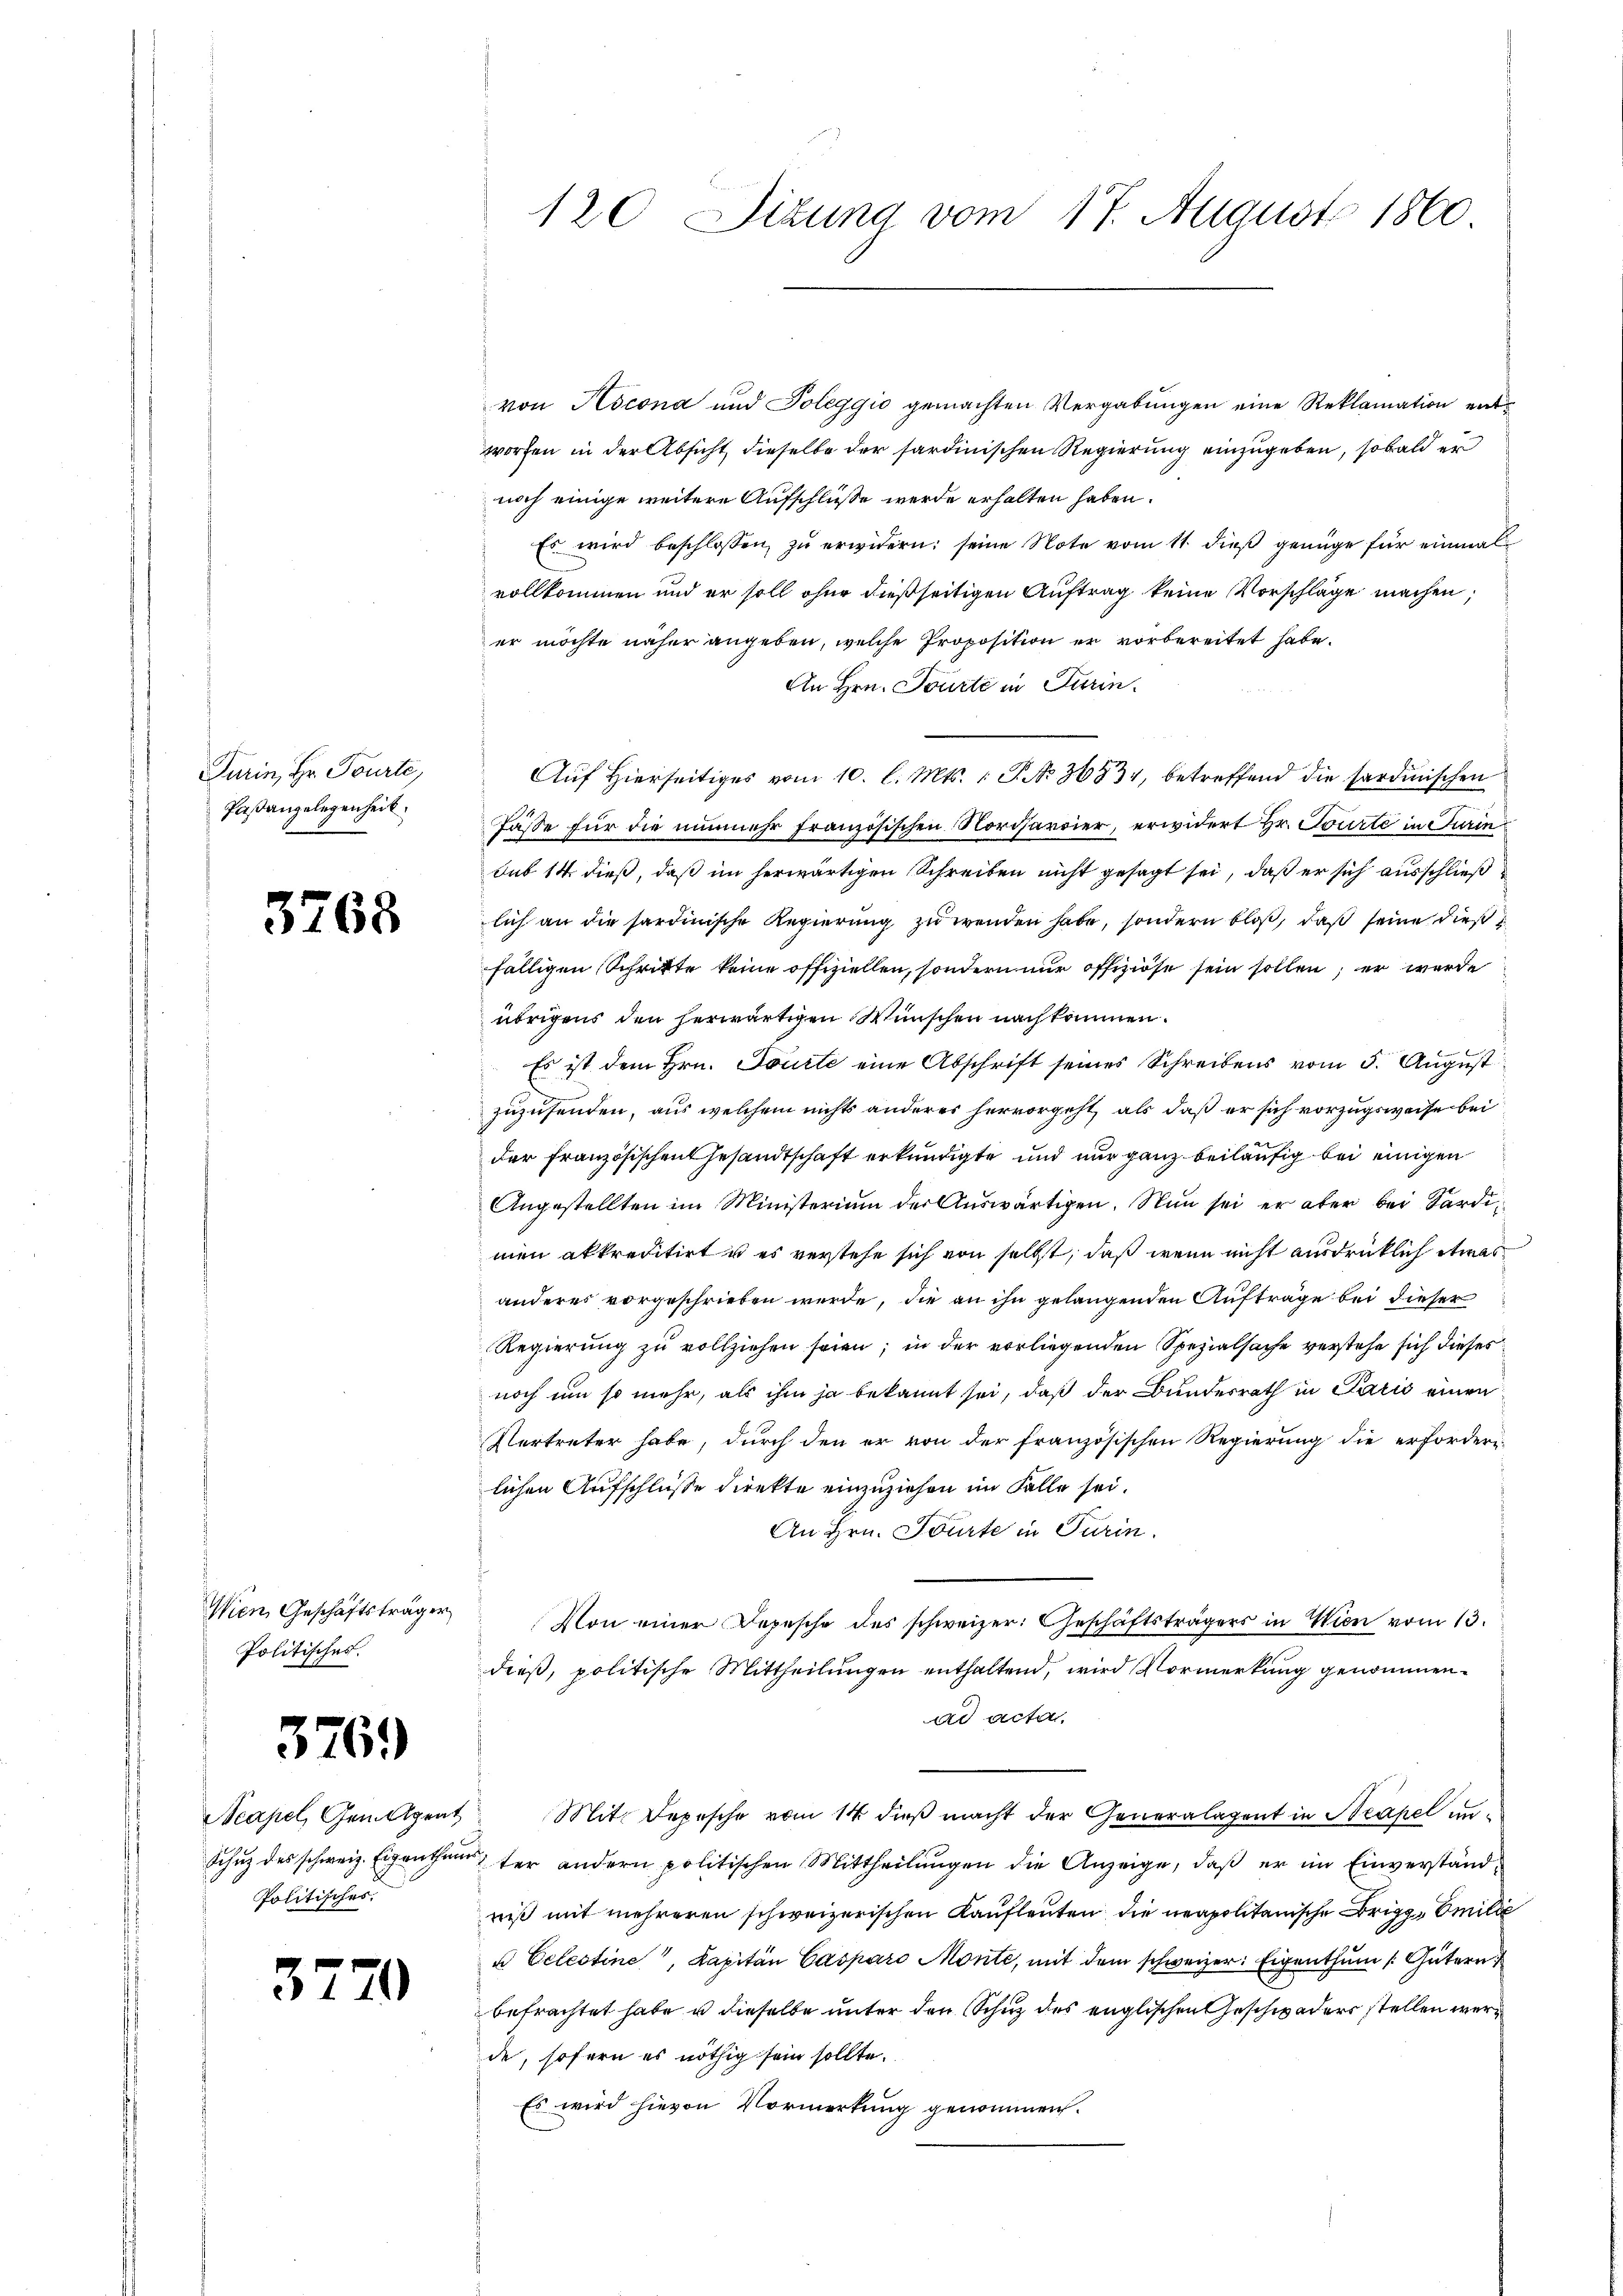
Turin, Hr. Tourte,
Paßangelegenheit.

3768

Wien Geschäftsträger
Politisches.

3769

Politisches,

3

21

von Rocona und Poleggio gemachten Vergabungen eine Reklamation entworfen in der Absicht, dieselbe der sardinischen Regierung einzugeben, sobald er
noch einige weitere Aufschluße werde erhalten haben.
Es wird beschlossen zŭ erwidern: seine Note vom 11. dieß genüge für einmal
vollkommen und er soll ohne dießseitigen Auftrag keine Vorschläge machen;
er möchte näher angeben, welche Proposition er vorbereitet habe.
An Hrn. Tourte in Turin.
Fässe für die nunmehr französischen Nordharrier, erwidert Hr. Tourte in Turin¬
Sub 14 dieß, daß im herwärtigen Schreiben nicht gesagt sei, daß er sich ausschließ
lich an die sardinische Regierung zu wenden habe, sondern bloß, daß seine dieß
fälligen Schritte keine offiziellen, sondern nur offiziöse sein sollen; er werde
übrigens den herwärtigen Wünschen nachkommen.
Es ist dem Hrn. Tourte eine Abschrift seines Schreibens vom 5. August
zuzusenden, aus welchem nichts anderes hervorgeht, als daß er sich vorzugsweise bei
der Französischen Gesandtschaft erkundigte und nur ganz beiläufig bei einigen
Angestellten im Ministerium der Auswärtigen. Nun sei er aber bei Sardimen akkreditirt u es verstehe sich von selbst, daß wenn nicht ausdrücklich etwas
anderes vorgeschrieben werde, die an ihn gelangenden Aufträge bei dieser
Regierung zu vollziehen seien; in der vorliegenden Spezialsache verstehe sich dieses
noch um so mehr, als ihm ja bekannt sei, daß der Bundesrath in Parić einen
Vertreter habe, durch den er von der französischen Regierung die erfordern
lichen Aufschlüsse direkte einzuziehen im Falle sei.
An Hrn. Tourte in Turin.
Von einer Depesche des schweizer: Geschäftsträgers in Wien vom 13.
dieß, politische Mittheilungen enthaltend, wird Vormerkung genommenad acten.
Neapel, Gemeigent. Mit Depesche vom 14. dieβ macht der Generalagent in Neapel un¬
Schuz des schweiz. Eigenthum ter andern politischen Mittheilungen die Anzeige, daß er im Einverständniß mit mehreren schweizerischen Kaufleuten die neapolitanische Brig, Emilie
u Celestine, Kapitän Casparo Monte, mit dem schweizer. Eigenthum (Gütern
befrachtet habe u dieselbe unter den Schuz des englischen Geschweders stellen werd
de, sofern es nöthig sein sollte.
Es wird hievon Vormerkung genommen.

120 Situng vom 17. August 1860.

Auf Hierseitiges vom 10. l. Mts. 1 P. Nr. 3083, betreffend die sardinischen